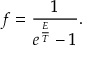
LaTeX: f = \frac { 1 } { e ^ { \frac { E } { T } } - 1 } .